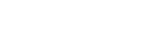
သရိတသာရိတံ